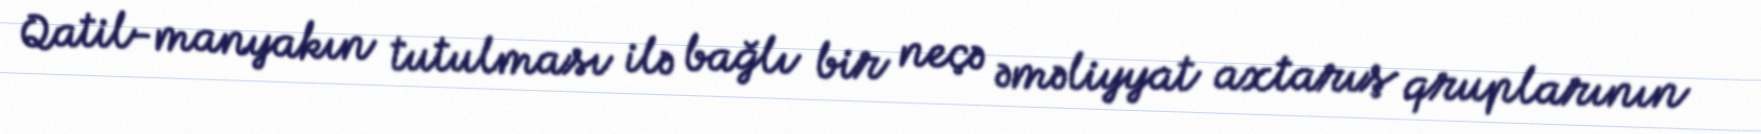
Qatil-manyakın tutulması ilə bağlı bir neçə əməliyyat axtarış qruplarının